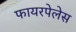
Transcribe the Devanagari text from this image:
फायरपेलेस